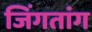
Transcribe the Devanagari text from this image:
जिंगतांग